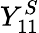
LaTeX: Y_{11}^{S}